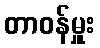
တာဝန်မှူး